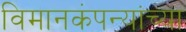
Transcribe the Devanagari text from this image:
विमानकंपन्यांच्या